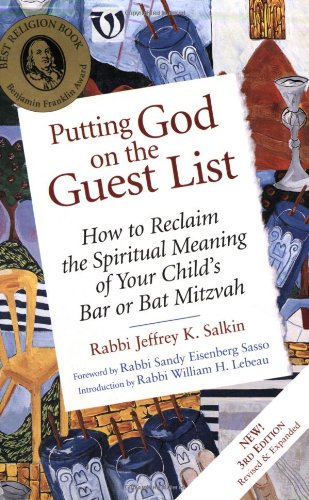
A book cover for Putting God on the Guest List: How to Reclaim the Spiritual Meaning of Your Child's Bar or Bat Mitzvah; Rabbi Jeffrey K. Salkin; Religion & Spirituality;